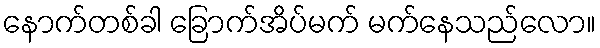
နောက်တစ်ခါ ခြောက်အိပ်မက် မက်နေသည်လော။